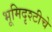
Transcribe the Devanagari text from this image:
भूमिदृश्टीचे